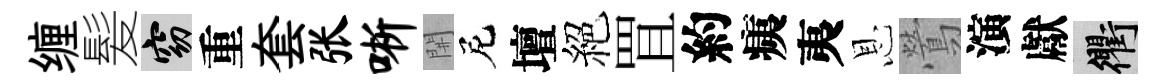
缠髪窈重套张晰𨳩尼壇絕罝約痍夷恩鶯演獻衢